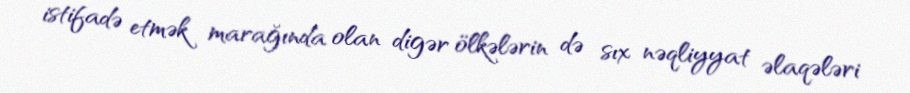
istifadə etmək marağında olan digər ölkələrin də sıx nəqliyyat əlaqələri